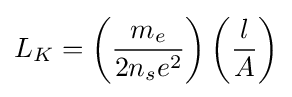
L_{K}=\left({\frac {m_{e}}{2n_{s}e^{2}}}\right)\left({\frac {l}{A}}\right)